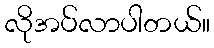
လိုအပ်လာပါတယ်။